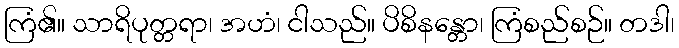
ကြံ၏။ သာရိပုတ္တရာ၊ အဟံ၊ ငါသည်။ ပိစိနန္တော၊ ကြံစည်စဉ်။ တဒါ၊